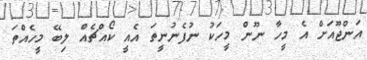
އަންޖޫއަށް އެ މީހާ ނޫން މީހަކު ނުފެނުނީތަ އެއީ ކޯއްޗެއް ލިބޭ މީހެއްތަ